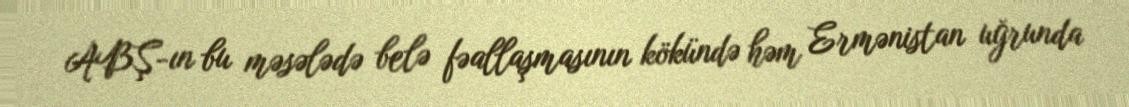
ABŞ-ın bu məsələdə belə fəallaşmasının kökündə həm Ermənistan uğrunda